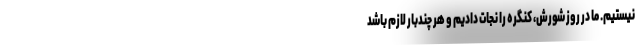
نیستیم. ما در روز شورش، کنگره را نجات دادیم و هر چندبار لازم باشد